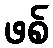
ဖစ်